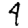
Digit: 4